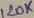
Text: 120K